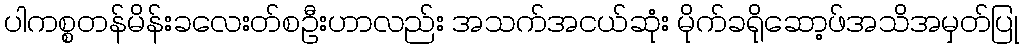
ပါကစ္စတန်မိန်းခလေးတ်စဦးဟာလည်း အသက်အငယ်ဆုံး မိုက်ခရိုဆော့ဖ်အသိအမှတ်ပြု